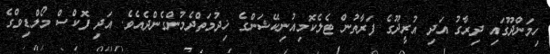
ހިމަންދޫގައި ދިރާގު އަދި އުރީދޫގެ ފަރާތުން ޓެލެކޮމިއުނިކޭޝަންގެ ޚިދުމަތްދެމުންގެންދެއެވެ. އަދި ފޮކްސް މޯލްޑިވްގެ